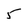
Character: 5